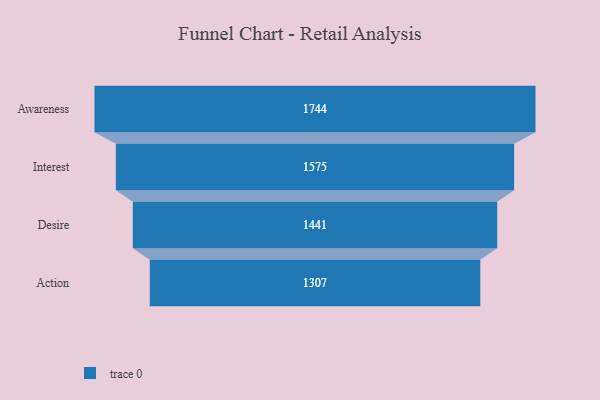
{"axis": {"x": "Stage", "y": "Value"}, "legend": [""], "data": [{"x": "Awareness", "y": 1744.0, "type": ""}, {"x": "Interest", "y": 1575.0, "type": ""}, {"x": "Desire", "y": 1441.0, "type": ""}, {"x": "Action", "y": 1307.0, "type": ""}]}